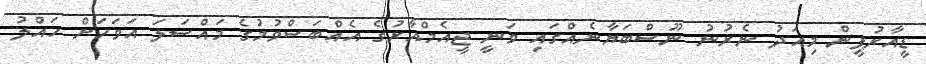
ޑީއާރުޕީން މިއަދު ނެރުނު ނޫސްބަޔާނެއްގައި ވަނީ ޖީއެމްއާރުގެ އެއްބަސްވުމުގެ މައްސަލަ އަވަހަށް ހައްލު